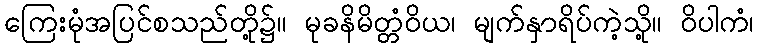
ကြေးမုံအပြင်စသည်တို့၌။ မုခနိမိတ္တံဝိယ၊ မျက်နှာရိပ်ကဲ့သို့။ ဝိပါကံ၊